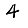
Digit: 4